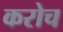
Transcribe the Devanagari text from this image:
करोच